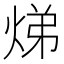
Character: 焍